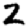
Digit: 2